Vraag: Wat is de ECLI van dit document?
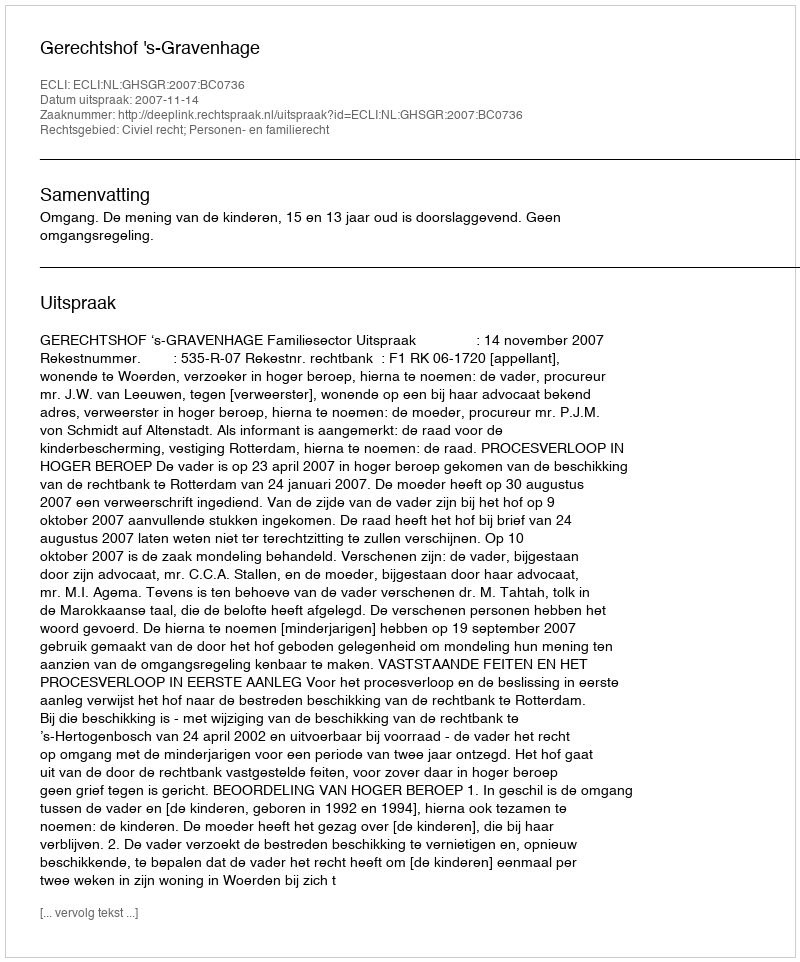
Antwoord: ECLI:NL:GHSGR:2007:BC0736